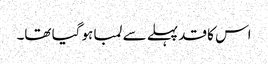
اس کا قد پہلے سے لمبا ہو گیا تھا۔